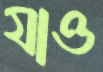
যাও